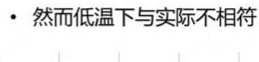
#NAME?